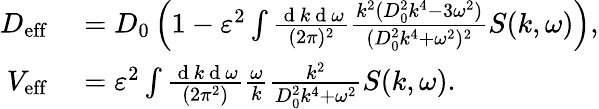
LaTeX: \begin{array}{rl}{D_{\mathrm{eff}}}&{{}=D_{0}\left(1-\varepsilon^{2}\int\frac{\mathrm{~d~}k\mathrm{~d~}\omega}{(2\pi)^{2}}\frac{k^{2}(D_{0}^{2}k^{4}-3\omega^{2})}{(D_{0}^{2}k^{4}+\omega^{2})^{2}}S(k,\omega)\right),}\\ {V_{\mathrm{eff}}}&{{}=\varepsilon^{2}\int\frac{\mathrm{~d~}k\mathrm{~d~}\omega}{(2\pi^{2})}\frac{\omega}{k}\frac{k^{2}}{D_{0}^{2}k^{4}+\omega^{2}}S(k,\omega).}\end{array}